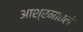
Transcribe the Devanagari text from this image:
आश्रमातले